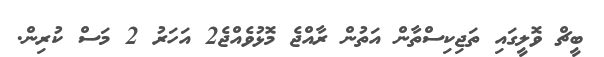
ބީޗް ވޮލީގައި ތަޖިކިސްތާން އަތުން ރާއްޖެ މޮޅުވެއްޖެ2 އަހަރު 2 މަސް ކުރިން.